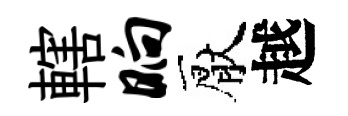
轄晌厭越